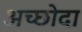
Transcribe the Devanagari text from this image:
अच्छोदा